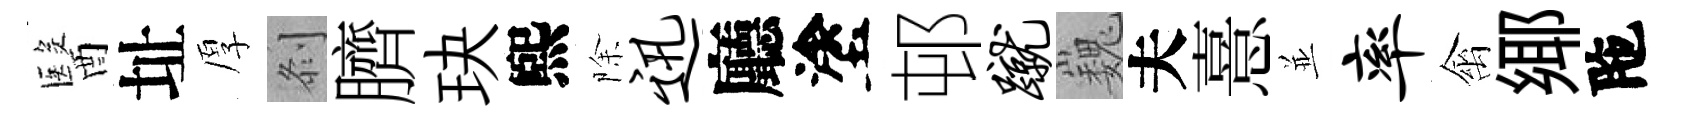
醫址厚𠛴臍玦煕除迅廳塗邨蹴巍夫憙並率禽鄊陁